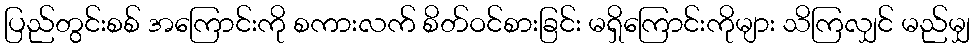
ပြည်တွင်းစစ် အကြောင်းကို စကားလက် စိတ်ဝင်စားခြင်း မရှိကြောင်းကိုများ သိကြလျှင် မည်မျှ